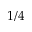
1 / 4